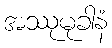
အဿုမုခါနံ